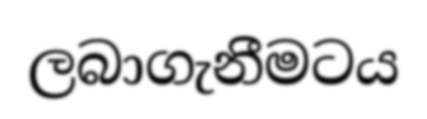
ලබාගැනීමටය